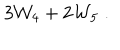
3 { \cal W } _ { 4 } + 2 { \cal W } _ { 5 } \; .